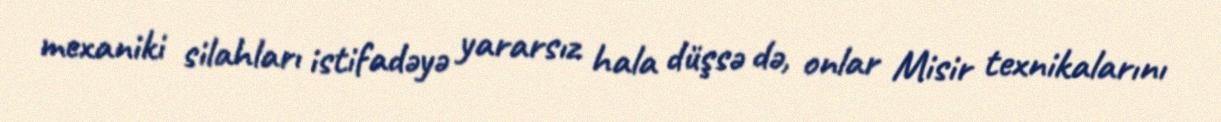
mexaniki silahları istifadəyə yararsız hala düşsə də, onlar Misir texnikalarını